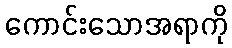
ကောင်းသောအရာကို